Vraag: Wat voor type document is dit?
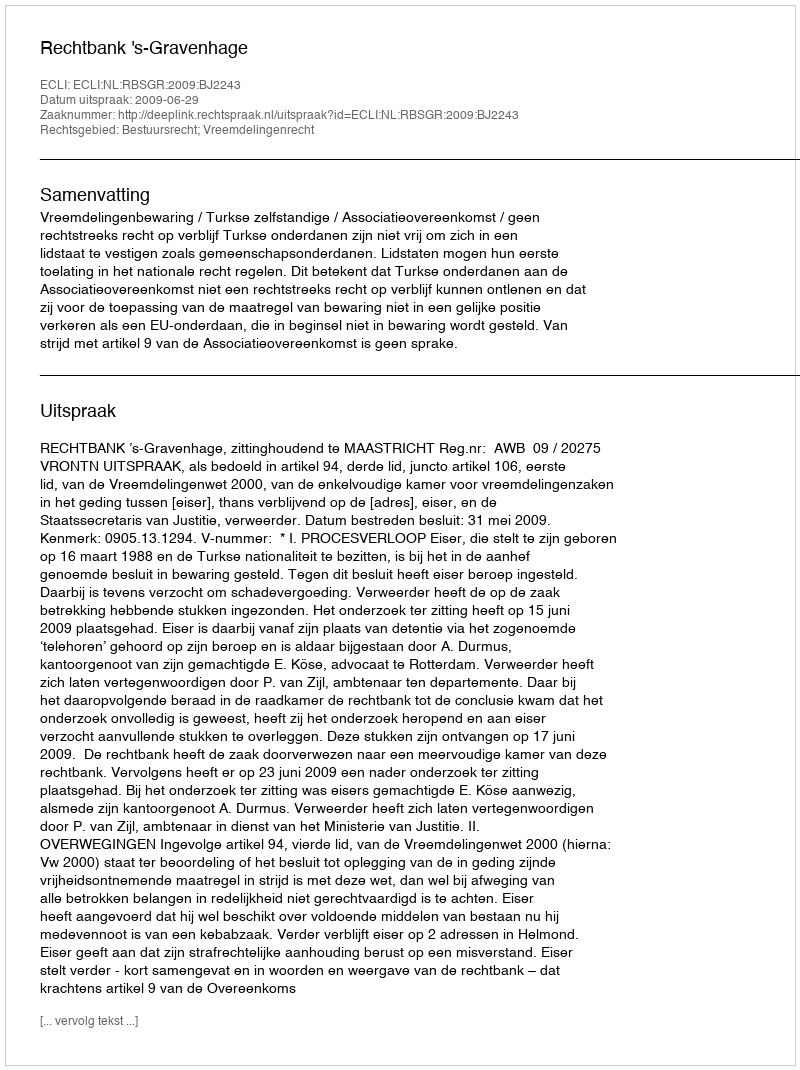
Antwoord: Uitspraak